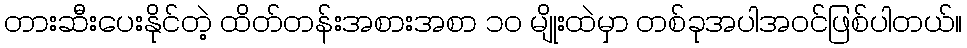
တားဆီးပေးနိုင်တဲ့ ထိတ်တန်းအစားအစာ ၁၀ မျိုးထဲမှာ တစ်ခုအပါအဝင်ဖြစ်ပါတယ်။